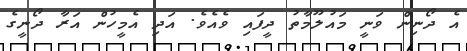
އެ ދޯނިން ވަނީ މައުލޫމާތު ދީފައި ވެއެވެ. އަދި އެމީހުން އަރާ ދޯނީގެ